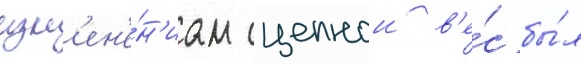
изм'ен'е́н'иам сцепнои в'е́с бы́л